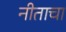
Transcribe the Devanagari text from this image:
नीताचा